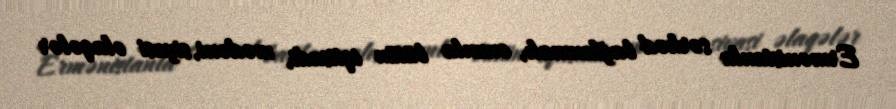
Ermənistanla sərhəd bağlanmalı, onunla bütün iqtisadi, mədəni, siyasi əlaqələr